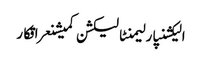
الیکشنپارلیمنٹالیکشن کمیشنعراقکار